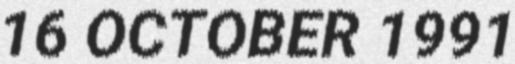
16 OCTOBER 1991